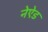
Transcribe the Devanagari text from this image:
नेऐड